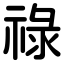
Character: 祿